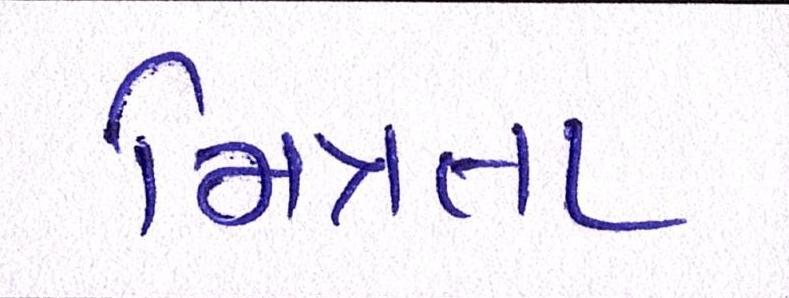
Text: મિત્રતા